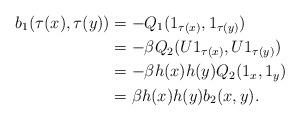
LaTeX: \begin{align*}b_1(\tau(x),\tau(y)) &= - Q_1(1_{\tau(x)},1_{\tau(y)})\\ &= - \beta Q_2 (U1_{\tau(x)},U1_{\tau(y)}) \\ &= - \beta h(x)h(y) Q_2(1_x,1_y)\\ &= \beta h(x)h(y) b_2(x,y).\end{align*}